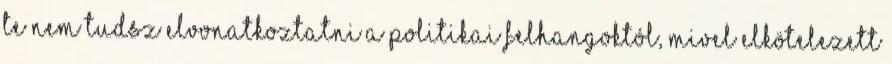
Te nem tudsz elvonatkoztatni a politikai felhangoktól, mivel elkötelezett